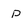
Character: P